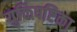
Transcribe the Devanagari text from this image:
युक्तिषष्टिका